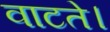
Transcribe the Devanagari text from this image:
वाटते।